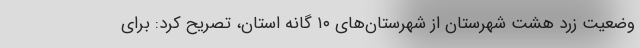
وضعیت زرد هشت شهرستان از شهرستان‌های ۱۰ گانه استان، تصریح کرد: برای